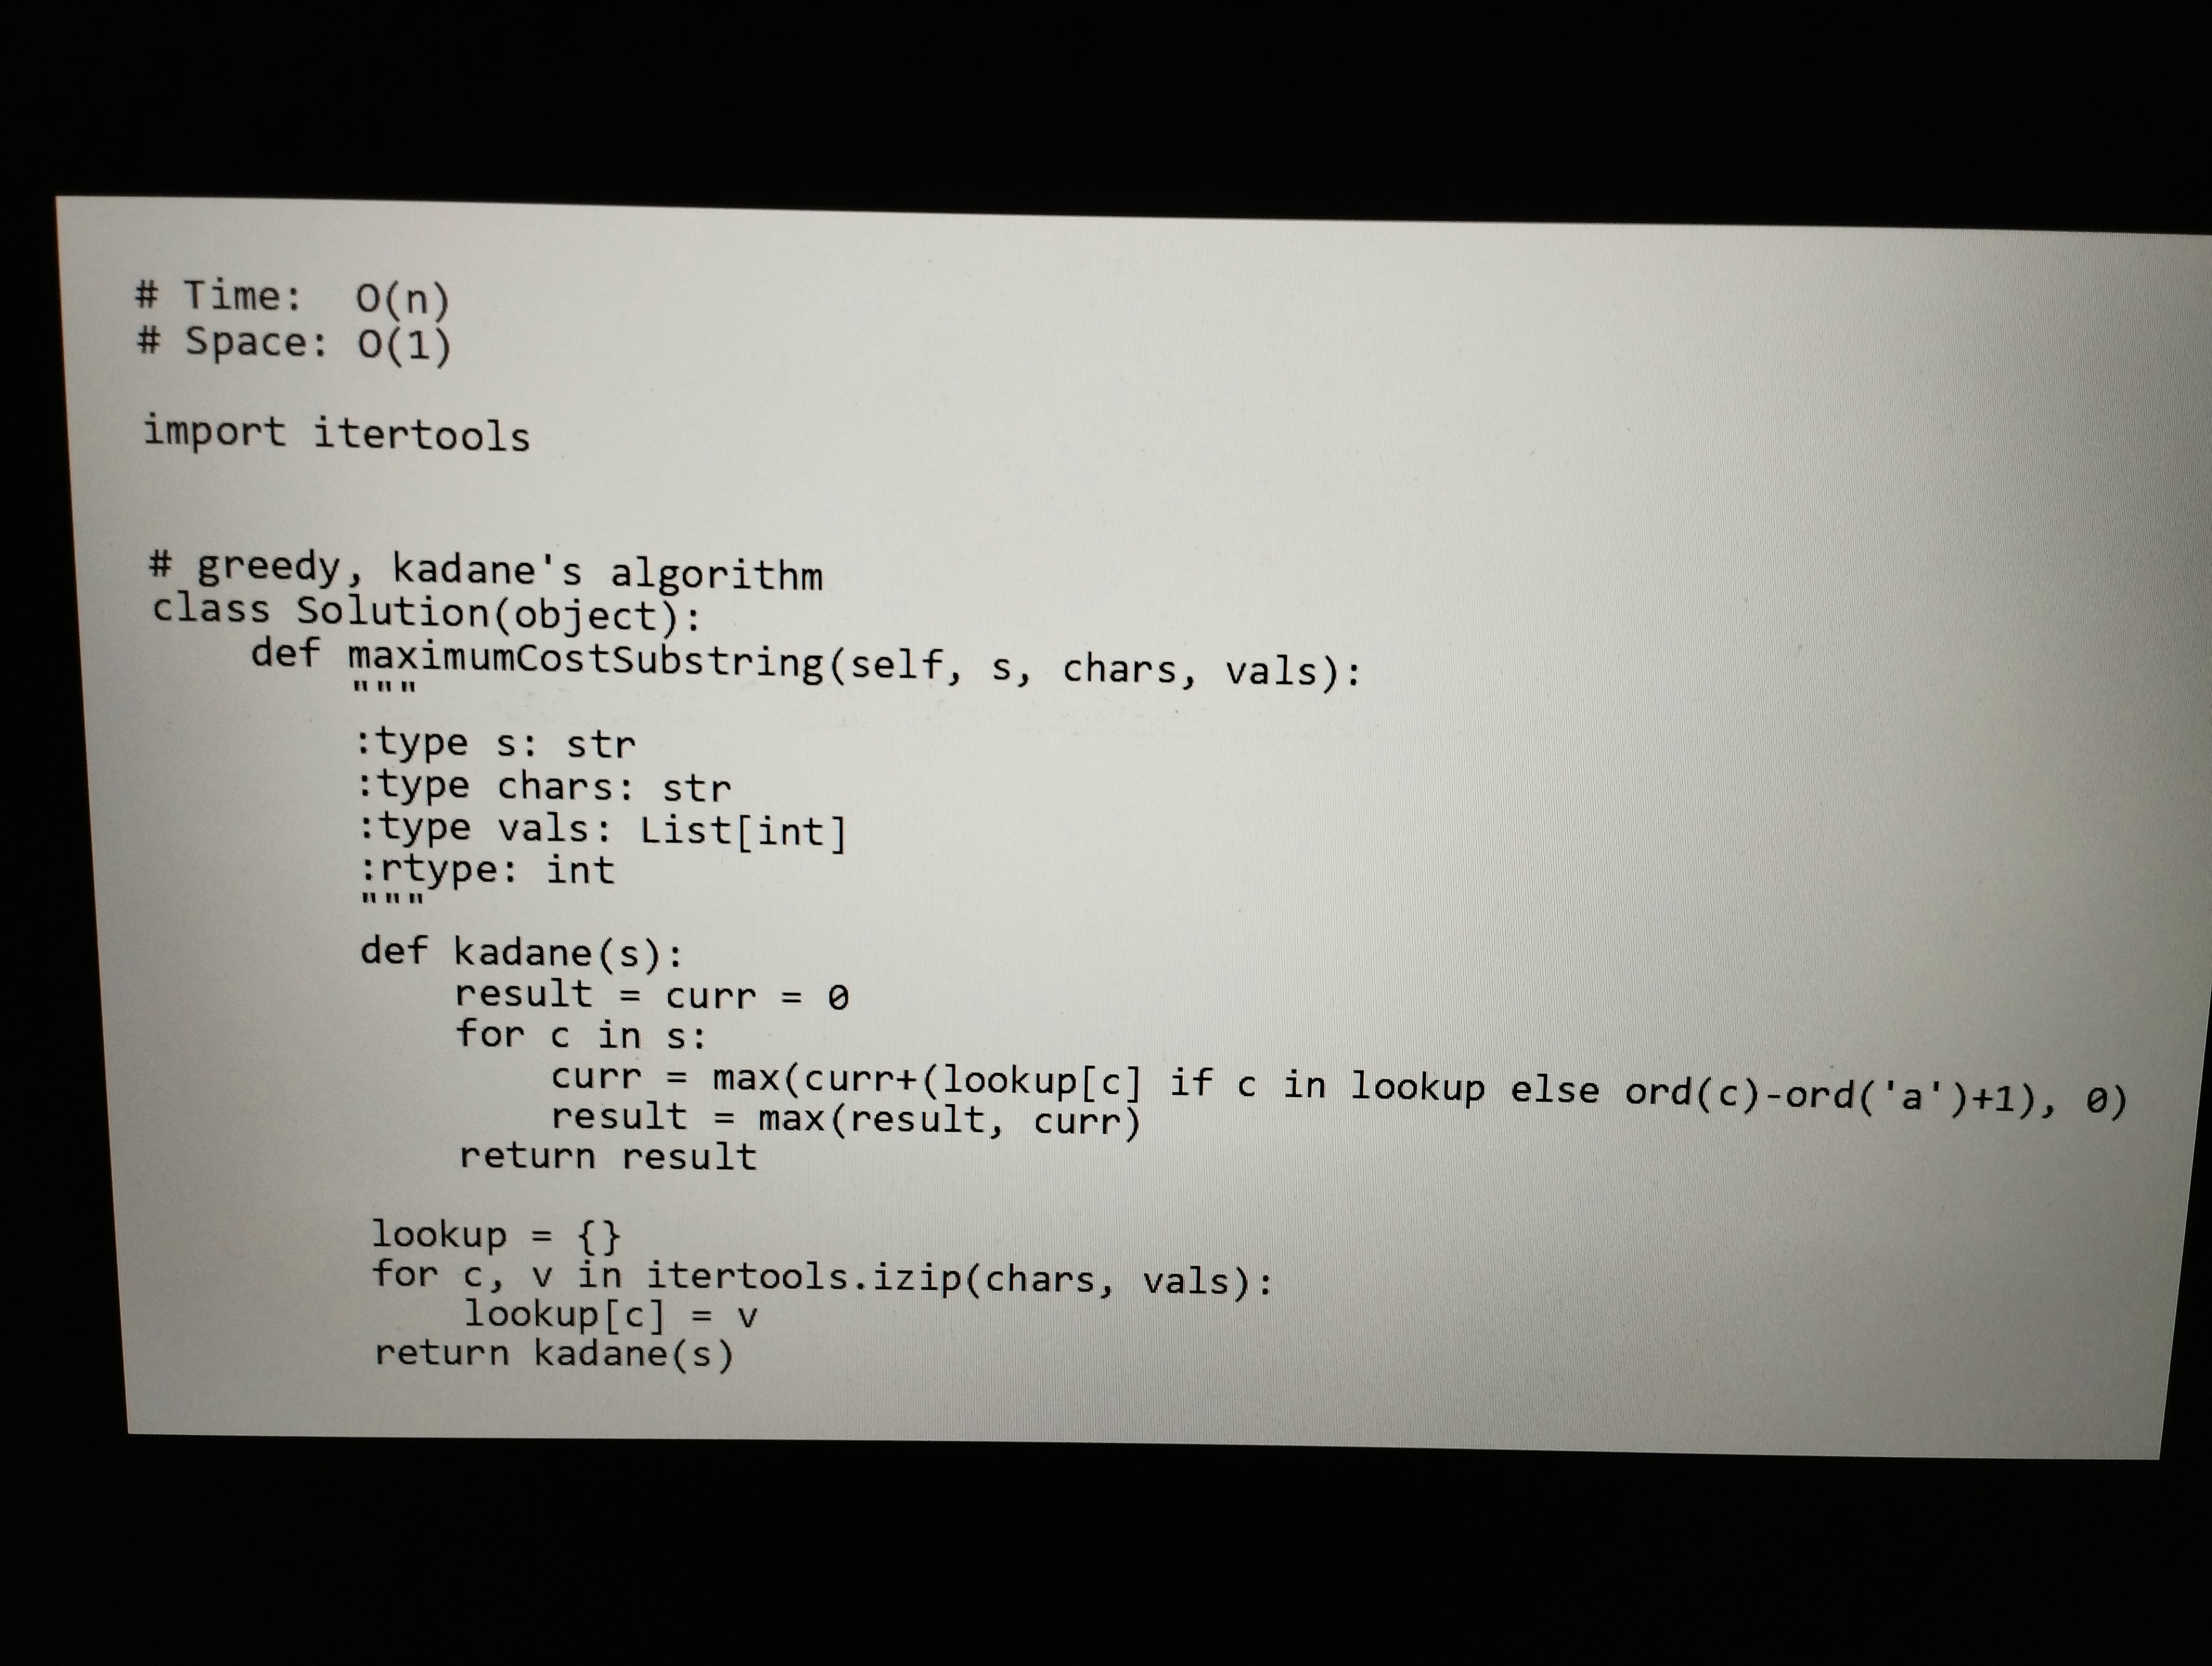
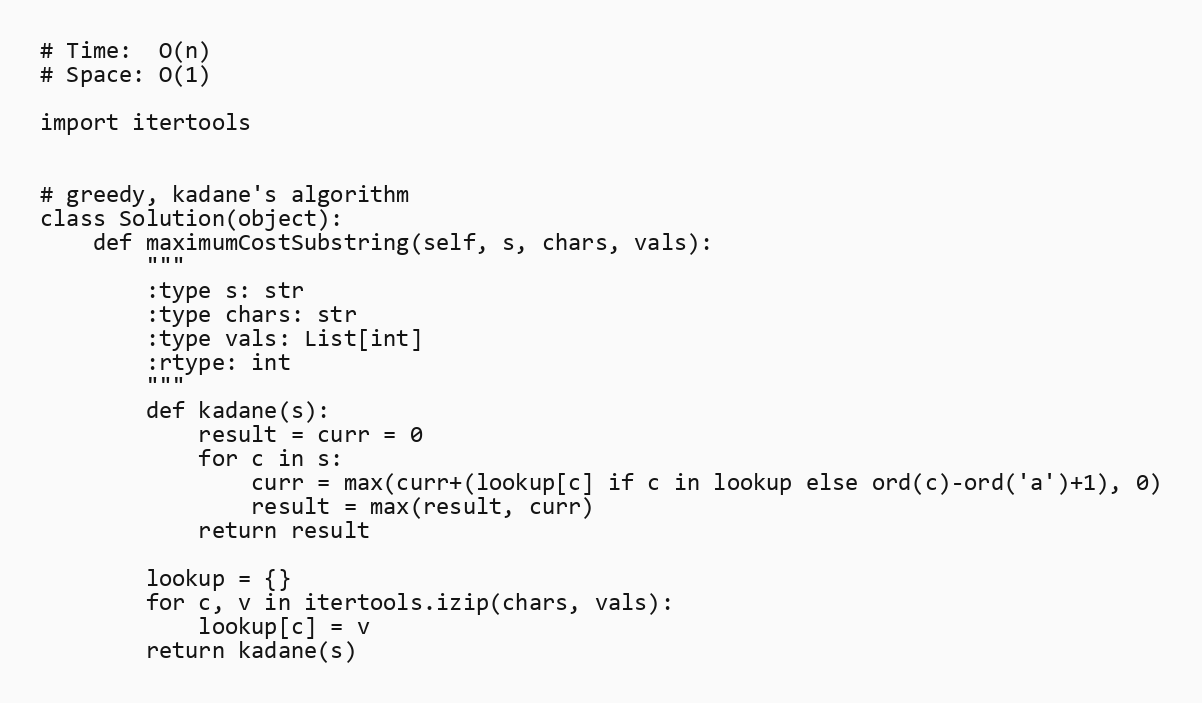
# Time:  O(n)
# Space: O(1)

import itertools

# greedy, kadane's algorithm
class Solution(object):
    def maximumCostSubstring(self, s, chars, vals):
        """
        :type s: str
        :type chars: str
        :type vals: List[int]
        :rtype: int
        """
        def kadane(s):
            result = curr = 0
            for c in s:
                curr = max(curr+(lookup[c] if c in lookup else ord(c)-ord('a')+1), 0)
                result = max(result, curr)
            return result

        lookup = {}
        for c, v in itertools.izip(chars, vals):
            lookup[c] = v
        return kadane(s)